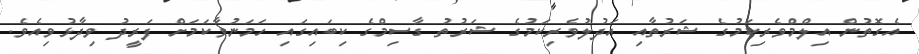
އެގޮތުން އިލްމްވެރިކަމުގެ ޝަރުތާއި އަދުލުވެރިކަމުގެ ޝަރުތު ގާސިމްގެ ކިބައިގައި ހަމަނުވާކަމަށް ފަރީދު ވިދާޅުވިއެވެ.